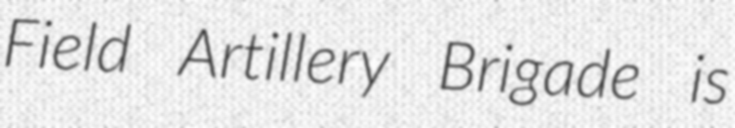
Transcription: Field Artillery Brigade is